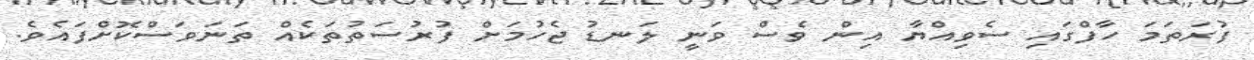
ފުރަތަމަ ހާފްގައި ސެވިއްޔާ އިން ވެސް ވަނީ ލަނޑު ޖެހުމަށް ފުރުސަތުތަކެއް ތަނަވަސްކޮށްފައެވެ.